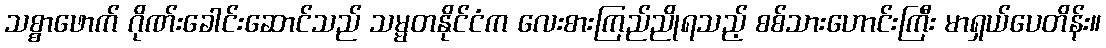
သစ္စာဖောက် ဂိုဏ်းခေါင်းဆောင်သည် သမ္မတနိုင်ငံက လေးစားကြည်ညိုရသည့် စစ်သားဟောင်းကြီး မာရှယ်ပေတိန်း။